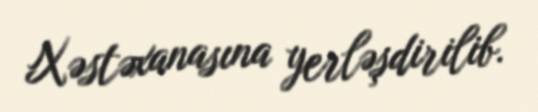
Xəstəxanasına yerləşdirilib.